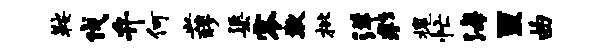
鞍伐弁何兴醪渠零欺枇洋彩槐忙海亘曲